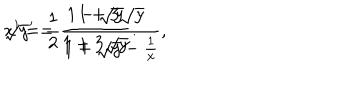
{ \displaystyle x ^ { \prime } = \frac { 1 } { 2 } \frac { 1 + 3 \sqrt { y } } { 1 + \sqrt { y } - \frac { 1 } { x } } , } \hspace { 1 c m } { \displaystyle \sqrt { y } ^ { \prime } = \frac { 1 - \sqrt { y } } { 1 + 3 \sqrt { y } } . }